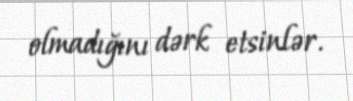
olmadığını dərk etsinlər.